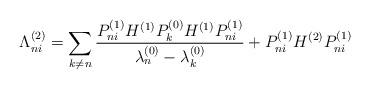
LaTeX: \begin{align*}\Lambda_{ni}^{(2)} = \sum_{k \neq n} \frac{P_{ni}^{(1)} H^{(1)} P_{k}^{(0)} H^{(1)} P_{ni}^{(1)} }{\lambda_{n}^{(0)} - \lambda_{k}^{(0)} } + P_{ni}^{(1)} H^{(2)} P_{ni}^{(1)}\end{align*}